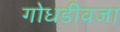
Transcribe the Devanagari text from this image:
गोधडीवजा